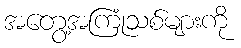
အတွေ့အကြုံသစ်များကို